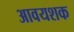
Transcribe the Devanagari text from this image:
आवयशक